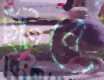
ছাঁটবে